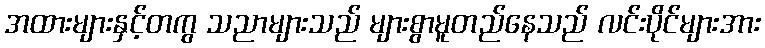
အထားများနှင့်တကွ သညာများသည် များစွာမူတည်နေသည် လင်းပိုင်များအား